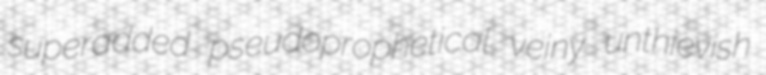
superadded pseudoprophetical veiny unthievish